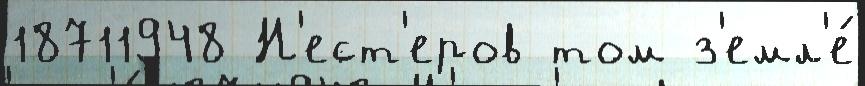
18711948 Н'ест'еров том з'емл'е́